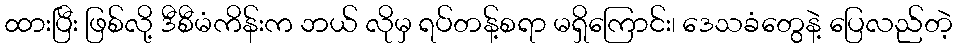
ထားပြီး ဖြစ်လို့ ဒီစီမံကိန်းက ဘယ် လိုမှ ရပ်တန့်စရာ မရှိကြောင်း၊ ဒေသခံတွေနဲ့ ပြေလည်တဲ့